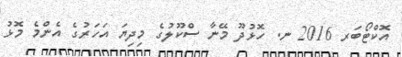
އޮކްޓޯބަރ 2016 ނ. ހޮޅުދޫ މޭނާ ސްކޫލުގެ މިދިޔަ އަހަރުގެ އެންމެ މޮޅު